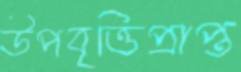
উপবৃত্তিপ্রাপ্ত